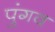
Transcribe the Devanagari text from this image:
पुंगव